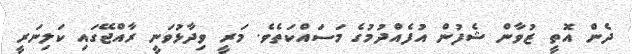
ދެން އޮތީ ޒުވާން ޝެފުން އުފެއްދުމުގެ މަސައްކަތެވެ. މަރީ ވިދާޅުވަނީ ރާއްޖޭގައި ކަލިނަރީ